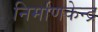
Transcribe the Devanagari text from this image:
निर्माणकेन्द्र